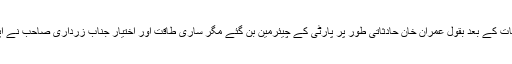
اگرچہ وہ بے نظیر کی وفات کے بعد بقول عمران خان حادثاتی طور پر پارٹی کے چیئرمین بن گئے مگر ساری طاقت اور اختیار جناب زرداری صاحب نے اپنے پاس ہی رکھے تھے۔